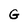
Character: G